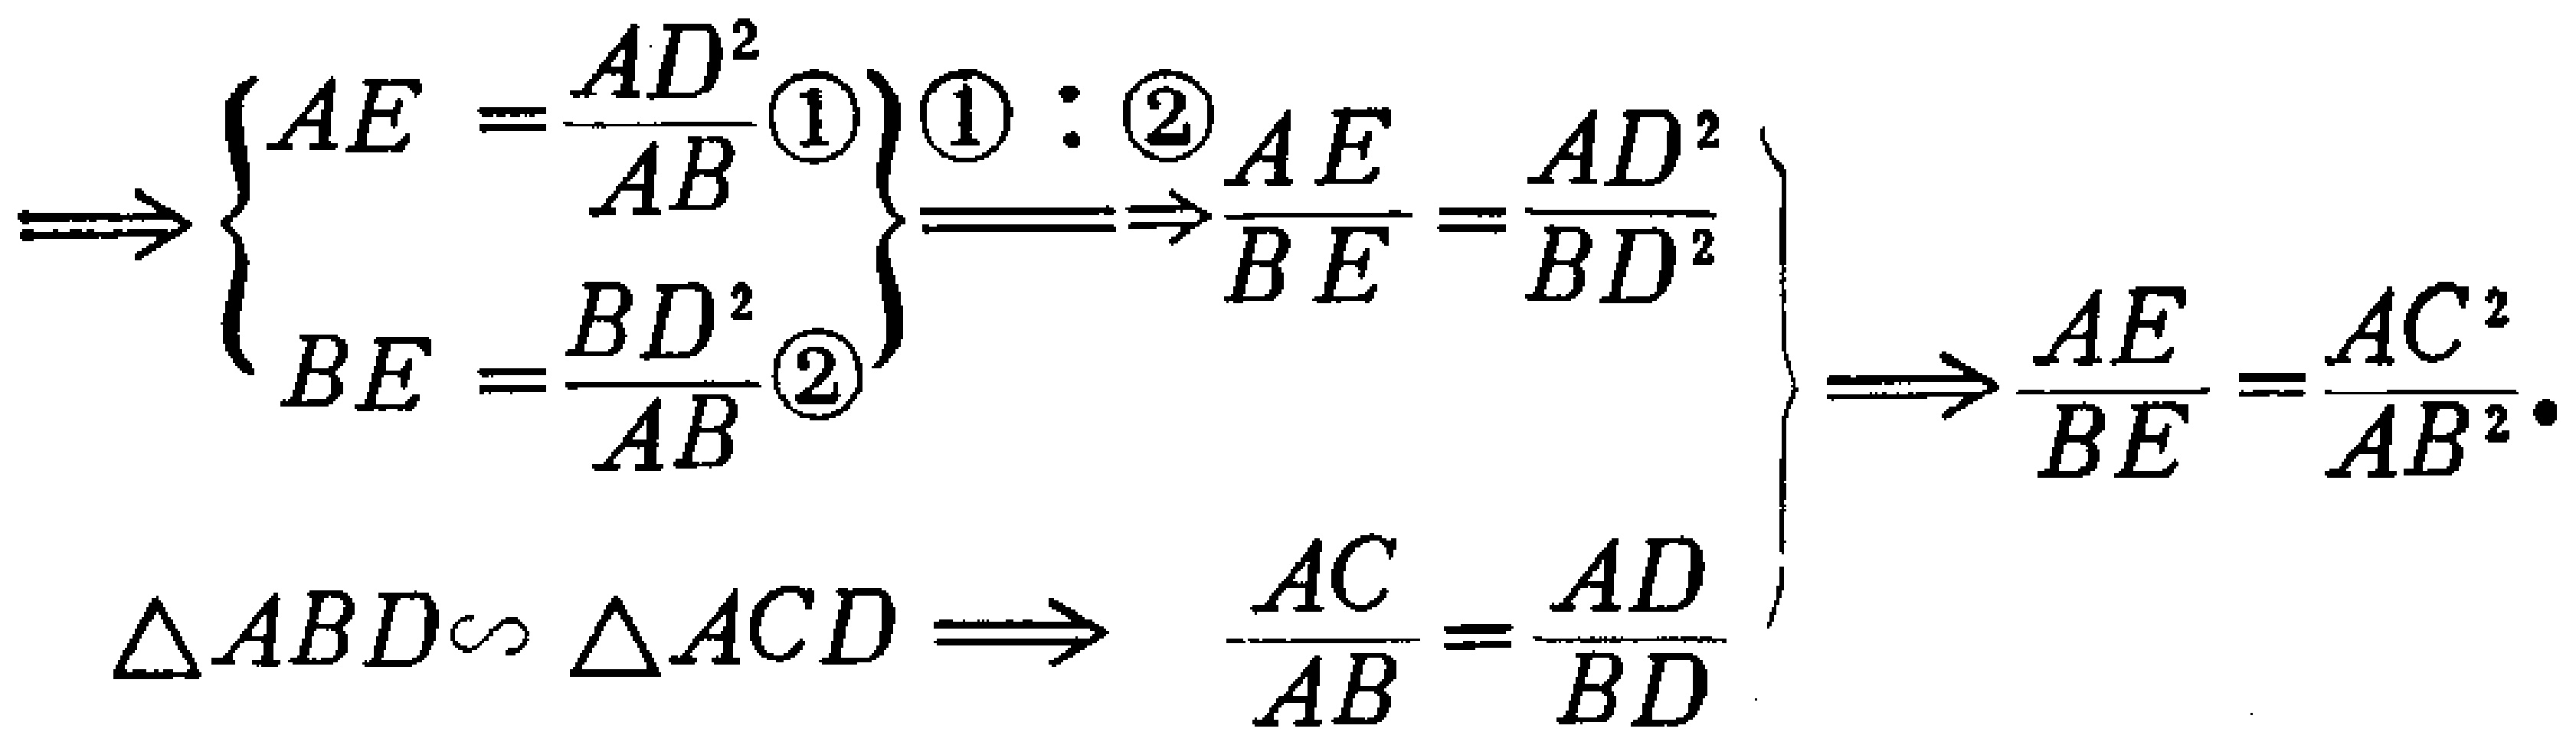
\[

\Rightarrow

\left\{

\begin{array}{l}

AE=\frac{AD^{2}}{AB}\textcircled{1} \\

BE=\frac{BD^{2}}{AB}\textcircled{2}

\end{array}

\right\}

\left\{

\begin{array}{l}

\textcircled{1}:\textcircled{2}\Rightarrow\frac{AE}{BE}=\frac{AD^{2}}{BD^{2}}

\end{array}

\right\}

\left\{

\begin{array}{l}

\frac{AE}{BE}=\frac{AC^{2}}{AB^{2}}

\end{array}

\right\}

\]

\[

\triangle ABD\sim\triangle ACD\Rightarrow\frac{AC}{AB}=\frac{AD}{BD}

\]